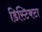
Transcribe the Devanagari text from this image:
डिस्टिक्टा